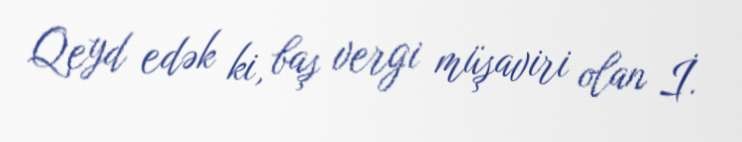
Qeyd edək ki, baş vergi müşaviri olan İ.